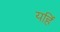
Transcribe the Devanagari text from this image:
यहिं